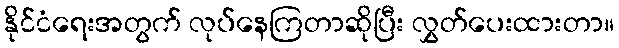
နိုင်ငံရေးအတွက် လုပ်နေကြတာဆိုပြီး လွှတ်ပေးထားတာ။